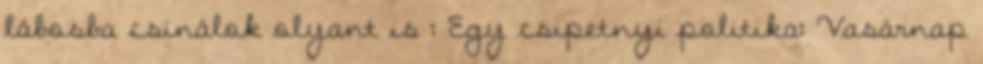
lábosba csinálok olyant is : Egy csipetnyi politika: Vasárnap